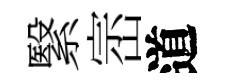
繄崈道